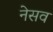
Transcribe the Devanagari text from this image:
नेसव